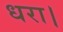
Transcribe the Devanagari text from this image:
धरा।